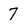
Character: 7